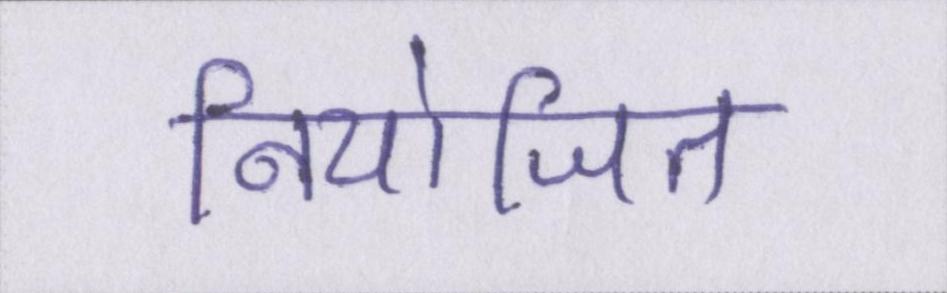
नियोजित